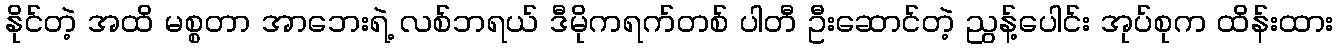
နိုင်တဲ့ အထိ မစ္စတာ အာဘေးရဲ့ လစ်ဘရယ် ဒီမိုကရက်တစ် ပါတီ ဦးဆောင်တဲ့ ညွန့်ပေါင်း အုပ်စုက ထိန်းထား